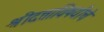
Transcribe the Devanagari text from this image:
श्रीदत्ताविषयीचे